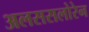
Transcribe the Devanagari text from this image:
अलससलोरेन